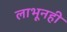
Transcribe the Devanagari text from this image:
लाभूनही